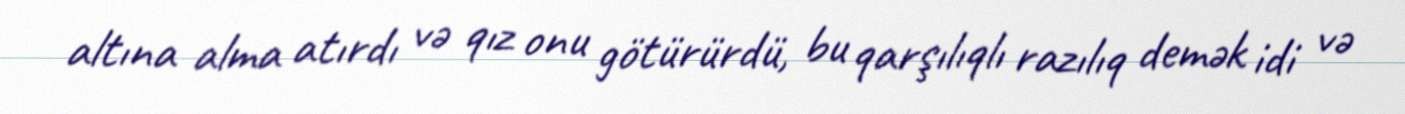
altına alma atırdı və qız onu götürürdü, bu qarşılıqlı razılıq demək idi və